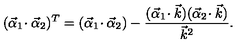
( \vec { \alpha } _ { 1 } \! \cdot \vec { \alpha } _ { 2 } ) ^ { T } = ( \vec { \alpha } _ { 1 } \! \cdot \vec { \alpha } _ { 2 } ) - { \frac { ( \vec { \alpha } _ { 1 } \! \cdot \vec { k } ) ( \vec { \alpha } _ { 2 } \! \cdot \vec { k } ) } { \vec { k } ^ { 2 } } } .